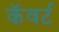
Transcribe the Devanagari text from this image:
कॅवर्ट